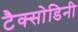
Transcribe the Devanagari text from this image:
टैक्सोडिनी